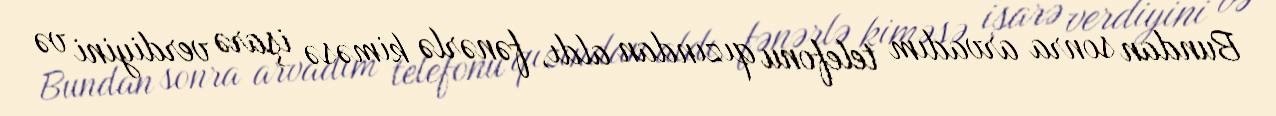
Bundan sonra arvadım telefonu qızından aldı, fənərlə kiməsə işarə verdiyini və